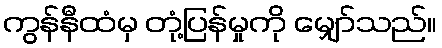
ကွန်နီထံမှ တုံ့ပြန်မှုကို မျှော်သည်။